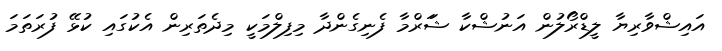
އައިޝްވާރިޔާ ލީޑްރޯލުން އަނުޝްކާ ޝަަރްމާ ފެނިގެންދާ މިފިލްމަކީ މިދެތަރިން އެކުގައި ކުޅޭ ފުރަތަމަ